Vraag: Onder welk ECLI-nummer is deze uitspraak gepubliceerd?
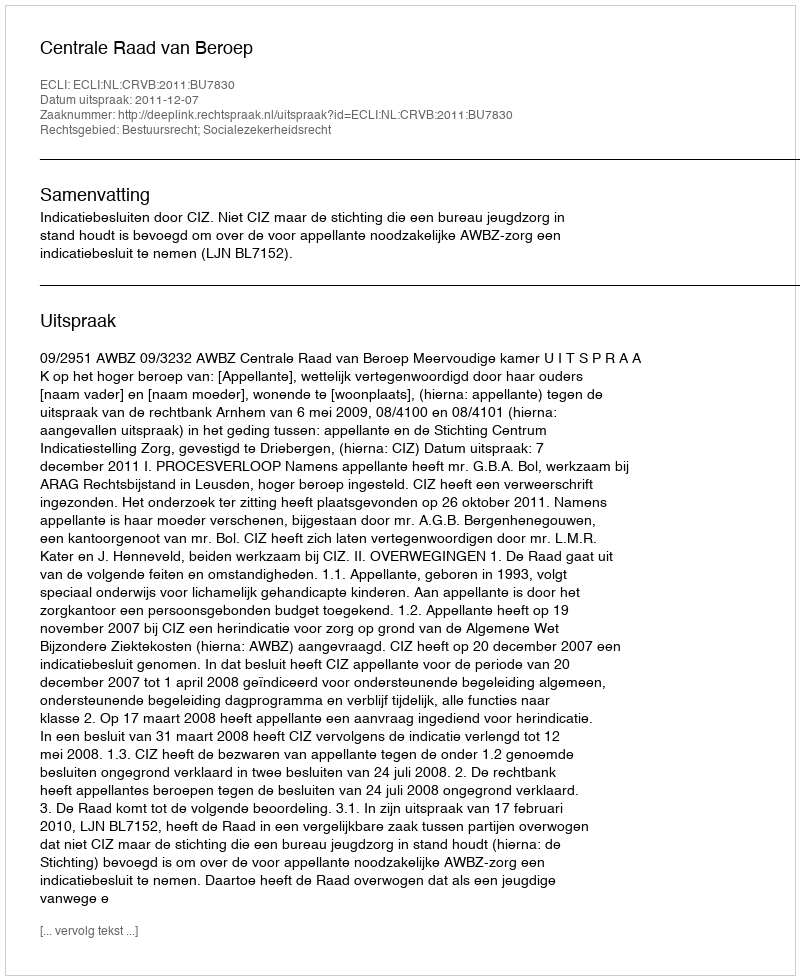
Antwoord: ECLI:NL:CRVB:2011:BU7830